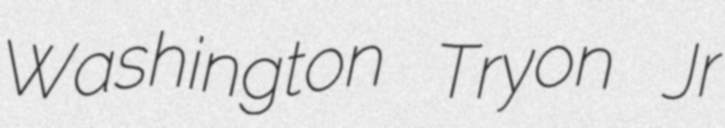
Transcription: Washington Tryon Jr